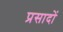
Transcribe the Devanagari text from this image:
प्रसादों